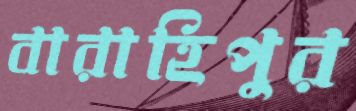
বারাহিপুর